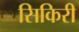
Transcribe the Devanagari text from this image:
सिकिरी